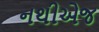
નથીએજ